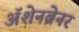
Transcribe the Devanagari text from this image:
ॲशेनब्रेनर